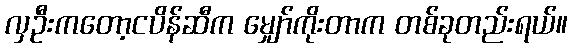
လှဦးကတော့ငပိန်ဆီက မျှော်ကိုးတာက တစ်ခုတည်းရယ်။